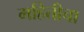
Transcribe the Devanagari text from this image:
महितीचा